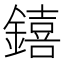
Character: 𨭎